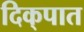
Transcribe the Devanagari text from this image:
दिक्‌पात